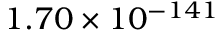
1 . 7 0 \times 1 0 ^ { - 1 4 1 }